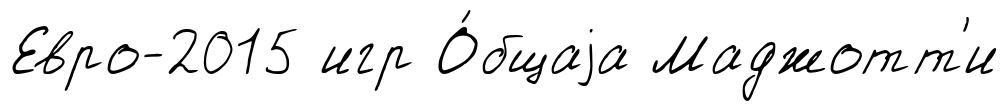
Евро-2015 игр О́бщаjа Маджотт'и